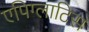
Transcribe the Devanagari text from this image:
एपिग्लाटिस